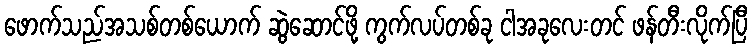
ဖောက်သည်အသစ်တစ်ယောက် ဆွဲဆောင်ဖို့ ကွက်လပ်တစ်ခု ငါအခုလေးတင် ဖန်တီးလိုက်ပြီ